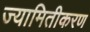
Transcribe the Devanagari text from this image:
ज्यामितीकरण